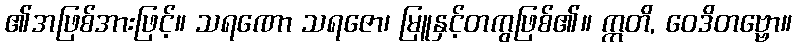
၏အဖြစ်အားဖြင့်။ သရဏော သရဇော၊ မြူနှင့်တကွဖြစ်၏။ ဣတိ, ဝေဒိတဗ္ဗော။